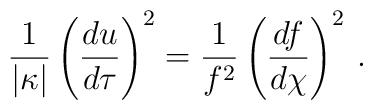
{1\over \vert\kappa\vert}\left({du\over d\tau}\right)^2= {1\over f^2}\left({df\over d\chi}\right)^2 \,.